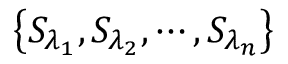
\left\{ { { S } _ { { \lambda } _ { 1 } } } , { { S } _ { { \lambda } _ { 2 } } } , \cdots , { { S } _ { { \lambda } _ { n } } } \right\}